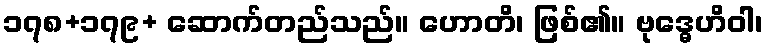
၁၇၈+၁၇၉+ ဆောက်တည်သည်။ ဟောတိ၊ ဖြစ်၏။ ဗုဒ္ဓေဟိဝါ၊